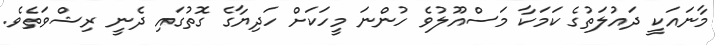
މާނައަކީ ދައުލަތުގެ ކަމަކާ މަސްއޫލުވެ ހުންނަ މީހަކަށް ހަދިޔާގެ ގޮތުގައި ދެނީ ރިޝްވަތެވެ.